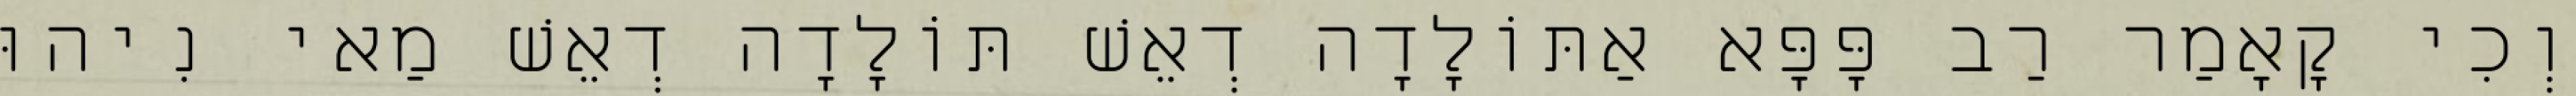
וְכִי קָאָמַר רַב פָּפָּא אַתּוֹלָדָה דְאֵשׁ תּוֹלָדָה דְאֵשׁ מַאי נִיהוּ